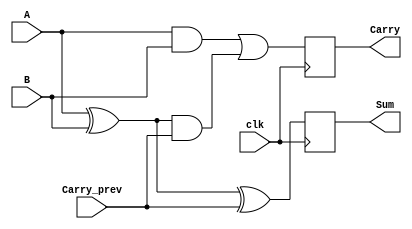
module SequentialHalfAdder (
    input wire A,                // First single-bit input
    input wire B,                // Second single-bit input
    input wire Carry_prev,       // Stored carry from the previous operation
    input wire clk,              // Clock signal
    output reg Sum,              // Sum output
    output reg Carry             // Carry output
);

    // Internal signals for the current sum and carry
    wire Sum_comb;
    wire Carry_comb;

    // Sum calculation using XOR
    assign Sum_comb = A ^ B ^ Carry_prev;

    // Carry calculation using AND and OR
    assign Carry_comb = (A & B) | ((A ^ B) & Carry_prev);

    // Sequential logic to update outputs on the rising edge of the clock
    always @(posedge clk) begin
        Sum <= Sum_comb;         // Update Sum output
        Carry <= Carry_comb;     // Update Carry output
    end

endmodule